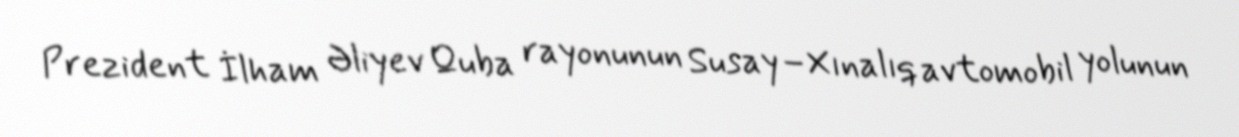
Prezident İlham Əliyev Quba rayonunun Susay–Xınalıq avtomobil yolunun